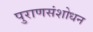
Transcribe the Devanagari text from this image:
पुराणसंशोधन